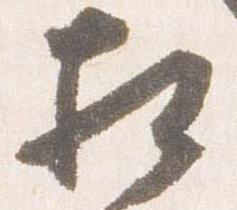
相